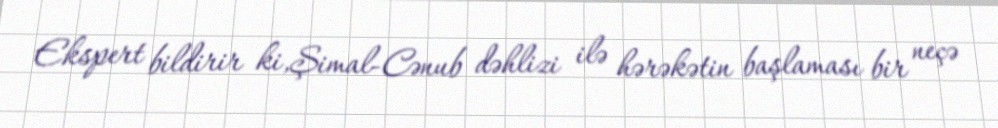
Ekspert bildirir ki,Şimal-Cənub dəhlizi ilə hərəkətin başlaması bir neçə